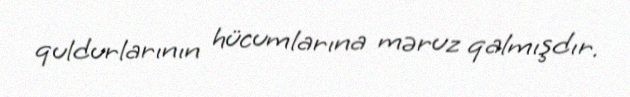
quldurlarının hücumlarına məruz qalmışdır.